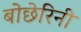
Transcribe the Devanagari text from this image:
बोछेरिनी